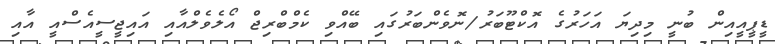
ޑީޕީއީއިން ބުނީ މިދިޔަ އަހަރުގެ އޮކްޓޫބަރު/ނޮވެންބަރުގައި ބޭއްވި ކެމްބްރިޖް އޯލެވެލްއާއި އައިޖީސީއެސްއީ އާއި